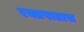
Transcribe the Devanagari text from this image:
रक्तपातास